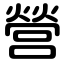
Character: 營